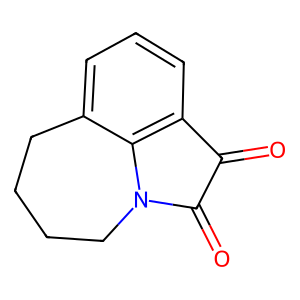
SMILES: O=C1C(=O)N2CCCCc3cccc1c32
Inhibits HIV replication: No